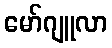
မော်ဂျူလာ